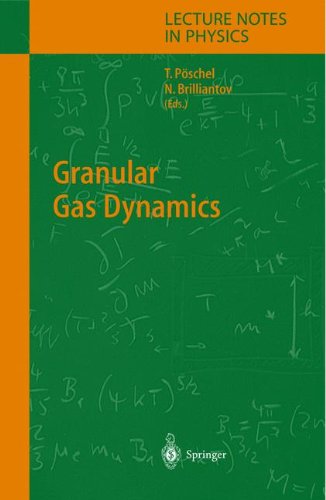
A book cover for Granular Gas Dynamics (Lecture Notes in Physics); Science & Math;